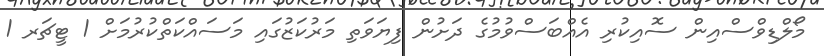
މޯލްޑިވްސްއިން ސޮއިކުރި އެއްބަސްވުމުގެ ދަށުން ފިޔަވަތި މަރުކަޒުގައި މަސައްކަތްކުރުމަށް 1 ޓީޗަރ 1